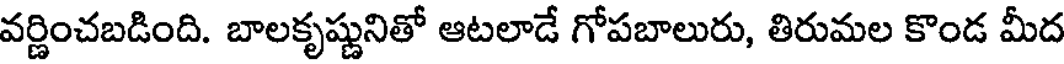
వర్ణించబడింది. బాలకృష్ణునితో ఆటలాడే గోపబాలురు, తిరుమల కొండ మీద